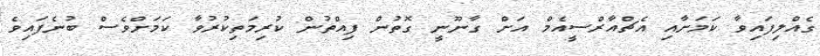
ގެއްލިފައިވާ ކަމަށާއި އެޗްއާރްސީއެމް އަށް ގާނޫނީ ގޮތުން ފިއްތުން ކުރިމަތިކުރުވާ ކަމަށްވެސް ބުނެފައިވެ